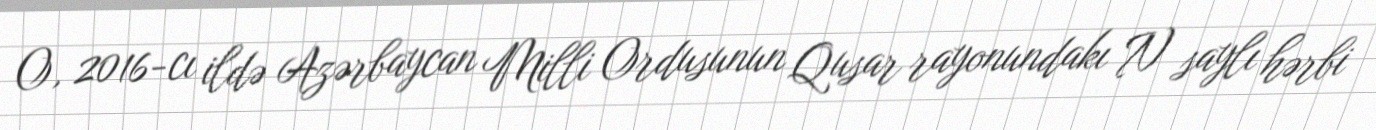
O, 2016-cı ildə Azərbaycan Milli Ordusunun Qusar rayonundakı N saylı hərbi